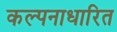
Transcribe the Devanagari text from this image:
कल्पनाधारित